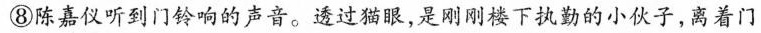
⑧陈嘉仪听到门铃响的声音。透过猫眼，是刚刚楼下执勤的小伙子，离着门